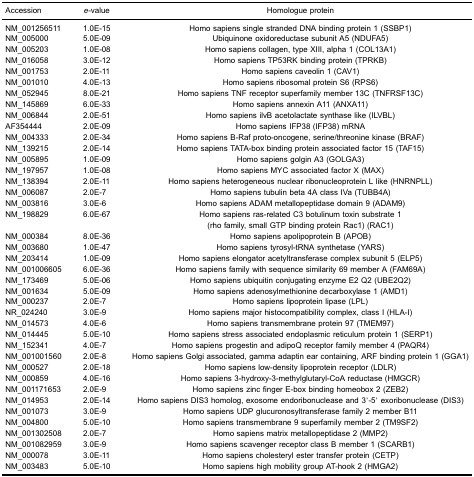
<table><thead><tr><td><b>Accession</b></td><td><b><i>e</i>-value</b></td><td><b>Homologue protein</b></td></tr></thead><tbody><tr><td>NM_001256511</td><td>1.0E-15</td><td>Homo sapiens single stranded DNA binding protein 1 (SSBP1)</td></tr><tr><td>NM_005000</td><td>5.0E-09</td><td>Ubiquinone oxidoreductase subunit A5 (NDUFA5)</td></tr><tr><td>NM_005203</td><td>1.0E-08</td><td>Homo sapiens collagen, type XIII, alpha 1 (COL13A1)</td></tr><tr><td>NM_016058</td><td>3.0E-12</td><td>Homo sapiens TP53RK binding protein (TPRKB)</td></tr><tr><td>NM_001753</td><td>2.0E-11</td><td>Homo sapiens caveolin 1 (CAV1)</td></tr><tr><td>NM_001010</td><td>4.0E-13</td><td>Homo sapiens ribosomal protein S6 (RPS6)</td></tr><tr><td>NM_052945</td><td>8.0E-21</td><td>Homo sapiens TNF receptor superfamily member 13C (TNFRSF13C)</td></tr><tr><td>NM_145869</td><td>6.0E-33</td><td>Homo sapiens annexin A11 (ANXA11)</td></tr><tr><td>NM_006844</td><td>2.0E-51</td><td>Homo sapiens ilvB acetolactate synthase like (ILVBL)</td></tr><tr><td>AF354444</td><td>2.0E-09</td><td>Homo sapiens IFP38 (IFP38) mRNA</td></tr><tr><td>NM_004333</td><td>2.0E-34</td><td>Homo sapiens B-Raf proto-oncogene, serine/threonine kinase (BRAF)</td></tr><tr><td>NM_139215</td><td>2.0E-14</td><td>Homo sapiens TATA-box binding protein associated factor 15 (TAF15)</td></tr><tr><td>NM_005895</td><td>1.0E-09</td><td>Homo sapiens golgin A3 (GOLGA3)</td></tr><tr><td>NM_197957</td><td>1.0E-08</td><td>Homo sapiens MYC associated factor X (MAX)</td></tr><tr><td>NM_138394</td><td>2.0E-11</td><td>Homo sapiens heterogeneous nuclear ribonucleoprotein L like (HNRNPLL)</td></tr><tr><td>NM_006087</td><td>2.0E-7</td><td>Homo sapiens tubulin beta 4A class IVa (TUBB4A)</td></tr><tr><td>NM_003816</td><td>3.0E-6</td><td>Homo sapiens ADAM metallopeptidase domain 9 (ADAM9)</td></tr><tr><td>NM_198829</td><td>6.0E-67</td><td>Homo sapiens ras-related C3 botulinum toxin substrate 1 (rho family, small GTP binding protein Rac1) (RAC1)</td></tr><tr><td>NM_000384</td><td>8.0E-36</td><td>Homo sapiens apolipoprotein B (APOB)</td></tr><tr><td>NM_003680</td><td>1.0E-47</td><td>Homo sapiens tyrosyl-tRNA synthetase (YARS)</td></tr><tr><td>NM_203414</td><td>1.0E-09</td><td>Homo sapiens elongator acetyltransferase complex subunit 5 (ELP5)</td></tr><tr><td>NM_001006605</td><td>6.0E-36</td><td>Homo sapiens family with sequence similarity 69 member A (FAM69A)</td></tr><tr><td>NM_173469</td><td>5.0E-06</td><td>Homo sapiens ubiquitin conjugating enzyme E2 Q2 (UBE2Q2)</td></tr><tr><td>NM_001634</td><td>5.0E-09</td><td>Homo sapiens adenosylmethionine decarboxylase 1 (AMD1)</td></tr><tr><td>NM_000237</td><td>2.0E-7</td><td>Homo sapiens lipoprotein lipase (LPL)</td></tr><tr><td>NR_024240</td><td>3.0E-9</td><td>Homo sapiens major histocompatibility complex, class I (HLA-I)</td></tr><tr><td>NM_014573</td><td>4.0E-6</td><td>Homo sapiens transmembrane protein 97 (TMEM97)</td></tr><tr><td>NM_014445</td><td>5.0E-10</td><td>Homo sapiens stress associated endoplasmic reticulum protein 1 (SERP1)</td></tr><tr><td>NM_152341</td><td>4.0E-7</td><td>Homo sapiens progestin and adipoQ receptor family member 4 (PAQR4)</td></tr><tr><td>NM_001001560</td><td>2.0E-8</td><td>Homo sapiens Golgi associated, gamma adaptin ear containing, ARF binding protein 1 (GGA1)</td></tr><tr><td>NM_000527</td><td>2.0E-18</td><td>Homo sapiens low-density lipoprotein receptor (LDLR)</td></tr><tr><td>NM_000859</td><td>4.0E-16</td><td>Homo sapiens 3-hydroxy-3-methylglutaryl-CoA reductase (HMGCR)</td></tr><tr><td>NM_001171653</td><td>2.0E-9</td><td>Homo sapiens zinc finger E-box binding homeobox 2 (ZEB2)</td></tr><tr><td>NM_014953</td><td>2.0E-14</td><td>Homo sapiens DIS3 homolog, exosome endoribonuclease and 3&#x27;-5&#x27; exoribonuclease (DIS3)</td></tr><tr><td>NM_001073</td><td>3.0E-9</td><td>Homo sapiens UDP glucuronosyltransferase family 2 member B11</td></tr><tr><td>NM_004800</td><td>5.0E-10</td><td>Homo sapiens transmembrane 9 superfamily member 2 (TM9SF2)</td></tr><tr><td>NM_001302508</td><td>2.0E-7</td><td>Homo sapiens matrix metallopeptidase 2 (MMP2)</td></tr><tr><td>NM_001082959</td><td>3.0E-9</td><td>Homo sapiens scavenger receptor class B member 1 (SCARB1)</td></tr><tr><td>NM_000078</td><td>3.0E-11</td><td>Homo sapiens cholesteryl ester transfer protein (CETP)</td></tr><tr><td>NM_003483</td><td>5.0E-10</td><td>Homo sapiens high mobility group AT-hook 2 (HMGA2)</td></tr></tbody></table>